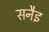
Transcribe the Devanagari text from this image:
सनैइ